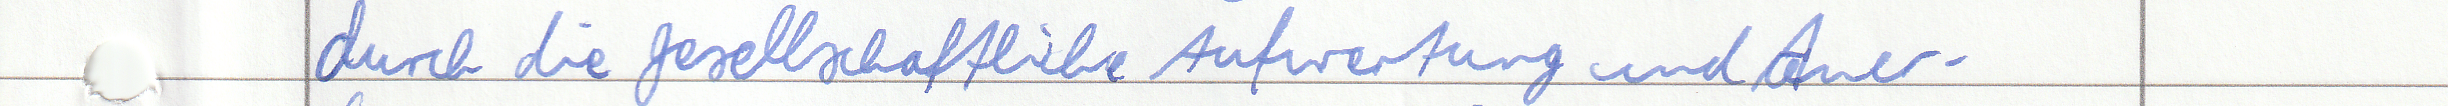
durch die gesellschaftliche Aufwertung und Aner -